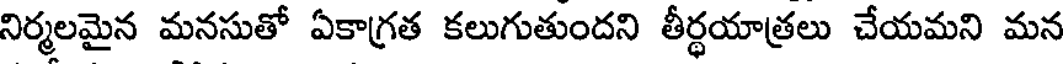
నిర్మలమైన మనసుతో ఏకాగ్రత కలుగుతుందని తీర్థయాత్రలు చేయమని మన